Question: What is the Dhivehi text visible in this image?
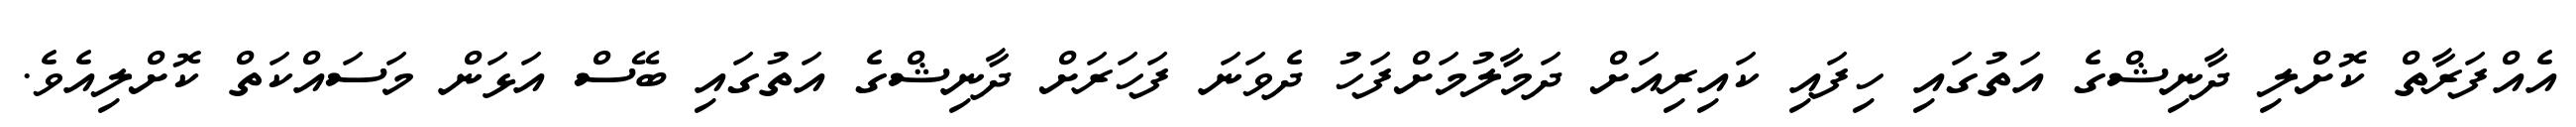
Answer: އެއްފަރާތް ކޮށްލި ދާނިޝްގެ އަތުގައި ހިފައި ކައިރިއަށް ދަމާލުމަށްފަހު ދެވަނަ ފަހަރަށް ދާނިޝްގެ އަތުގައި ބޭސް އަޅަން މަސައްކަތް ކޮށްލިއެވެ.